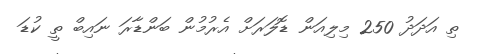
ތި އަދަދު 250 މިލިއަން ޑޮލަރަށް އެރުމުން ބަންޑާރަ ނައިބް ތީ ކުޑަ